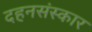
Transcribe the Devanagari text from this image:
दहनसंस्कार